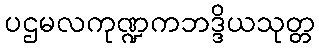
ပဌမလကုဏ္ဍကဘဒ္ဒိယသုတ္တ